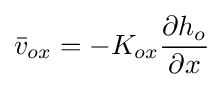
{\bar {v}}_{ox}=-K_{ox}{\frac {\partial h_{o}}{\partial x}}